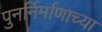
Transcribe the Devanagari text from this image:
पुनर्निर्माणाच्या